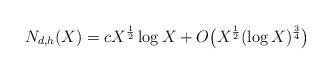
LaTeX: \begin{align*} N_{d,h}(X) = c X^{\frac{1}{2}}\log X + O \big( X^{\frac{1}{2}} (\log X)^{\frac{3}{4}} \big) \end{align*}